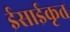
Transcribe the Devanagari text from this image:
ईसाईकृत